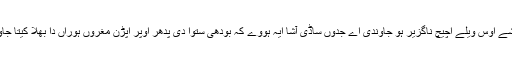
ایہ شے اوس ویلے اچیچ ناگزیر ہو جاوندی اے جدوں ساڈی آشا ایہ ہووے کہ بودھی ستوا دی پدھر اوپر اپڑن مغروں ہوراں دا بھلا کیتا جاوے۔